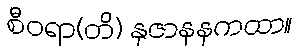
စီဝရာ(တိ) နုဇာနနကထာ။